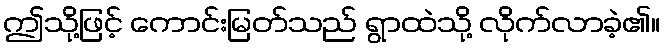
ဤသို့ဖြင့် ကောင်းမြတ်သည် ရွာထဲသို့ လိုက်လာခဲ့၏။